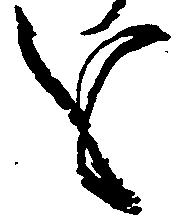
を